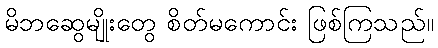
မိဘဆွေမျိုးတွေ စိတ်မကောင်း ဖြစ်ကြသည်။